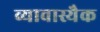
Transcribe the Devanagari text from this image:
व्यावास्यैक